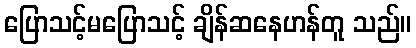
ပြောသင့်မပြောသင့် ချိန်ဆနေဟန်တူ သည်။